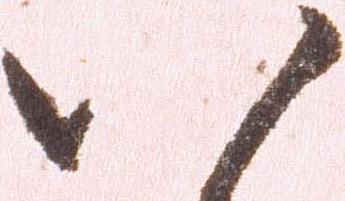
八